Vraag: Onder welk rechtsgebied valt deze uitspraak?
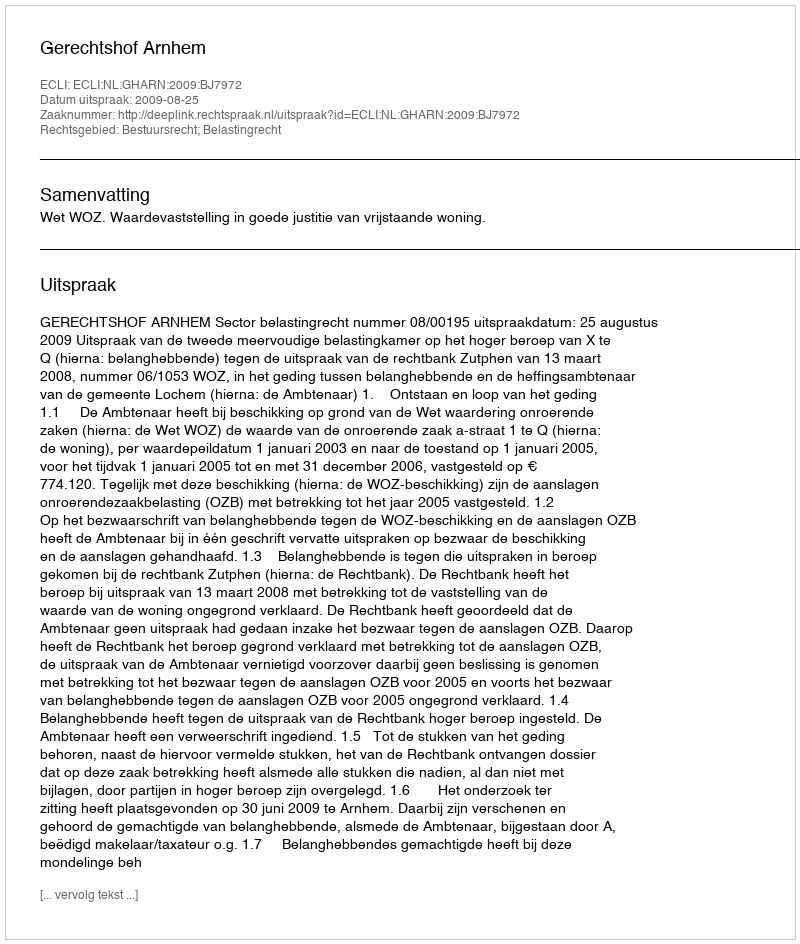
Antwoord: Bestuursrecht; Belastingrecht